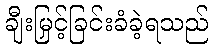
ချီးမြှင့်ခြင်းခံခဲ့ရသည်